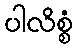
ပါလိစ္စံ